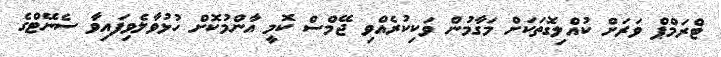
ޓްރަމްޕް ވަރަށް ކުއްލިގޮތަކަށް މަގާމުން ވަކިކުރެއްވި ޖޭމްސް ކޮމީ އާންމުކޮށް ހުޅުވާލެވިފައިވާ ސެނޭޓްގެ